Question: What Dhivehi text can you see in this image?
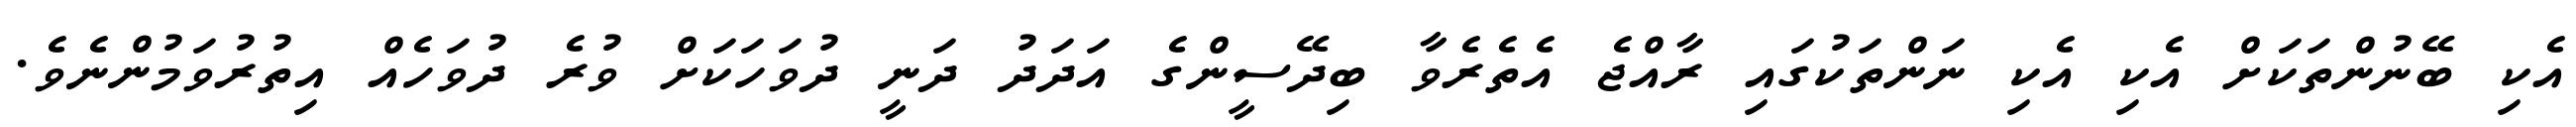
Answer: އެކި ބޭނުންތަކަށް އެކި އެކި ނަންތަކުގައި ރާއްޖެ އެތެރެވާ ބިދޭސީންގެ އަދަދު ދަނީ ދުވަހަކަށް ވުރެ ދުވަހެއް އިތުރުވަމުންނެވެ.